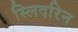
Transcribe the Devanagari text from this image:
स्लिदरिन